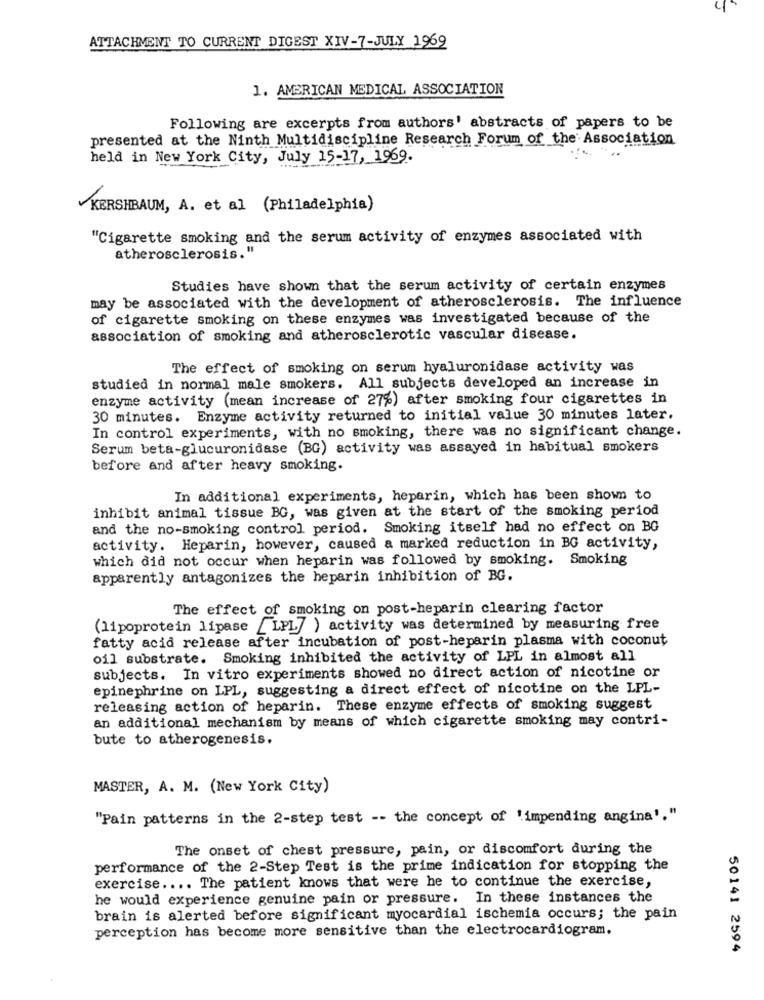
ATTACHMENT TO CURRENT DIGEST XIV-7-JULY 1969
1. AMERICAN MEDICAL ASSOCIATION
Following are excerpts from authors' abstracts of papers to be
presented at the Ninth Multidiscipline Research Forum of the Association
held in New York City, July 15-17, 1969.
KERSHBAUM, A. et al (Philadelphia)
"Cigarette smoking and the serum activity of enzymes associated with
atherosclerosis."
Studies have shown that the serum activity of certain enzymes
may be associated with the development of atherosclerosis. The influence
of cigarette smoking on these enzymes was investigated because of the
association of smoking and atherosclerotic vascular disease.
The effect of smoking on serum hyaluronidase activity was
studied in normal male smokers. All subjects developed an increase in
enzyme activity (mean increase of 27%) after smoking four cigarettes in
30 minutes. Enzyme activity returned to initial value 30 minutes later.
In control experiments, with no smoking, there was no significant change.
Serum beta-glucuronidase (BG) activity was assayed in habitual smokers
before and after heavy smoking.
In additional experiments, heparin, which has been shown to
inhibit animal tissue BG, was given at the start of the smoking period
and the no-smoking control period. Smoking itself had no effect on BG
activity. Heparin, however, caused a marked reduction in BG activity,
which did not occur when heparin was followed by smoking. Smoking
apparently antagonizes the heparin inhibition of BG.
The effect of smoking on post-heparin clearing factor
(lipoprotein lipase _LPL] ) activity was determined by measuring free
fatty acid release after incubation of post-heparin plasma with coconut
oil substrate. Smoking inhibited the activity of LPL in almost all
subjects. In vitro experiments showed no direct action of nicotine or
epinephrine on LPL, suggesting a direct effect of nicotine on the LPL-
releasing action of heparin. These enzyme effects of smoking suggest
an additional mechanism by means of which cigarette smoking may contri-
bute to atherogenesis.
MASTER, A. M. (New York City)
"Pain patterns in the 2-step test -- the concept of 'impending angina'."
The onset of chest pressure, pain, or discomfort during the
performance of the 2-Step Test is the prime indication for stopping the
exercise .... The patient knows that were he to continue the exercise,
he would experience genuine pain or pressure. In these instances the
brain is alerted before significant myocardial ischemia occurs; the pain
perception has become more sensitive than the electrocardiogram.
50141 2594